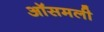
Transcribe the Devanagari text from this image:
ऑसमली